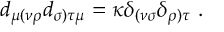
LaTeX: d _ { \mu ( \nu \rho } d _ { \sigma ) \tau \mu } = \kappa \delta _ { ( \nu \sigma } \delta _ { \rho ) \tau } \ .